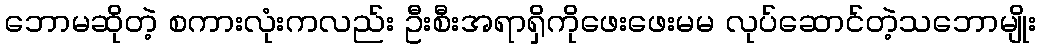
ဘောမဆိုတဲ့ စကားလုံးကလည်း ဦးစီးအရာရှိကိုဖေးဖေးမမ လုပ်ဆောင်တဲ့သဘောမျိုး